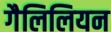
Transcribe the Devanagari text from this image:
गैलिलियन